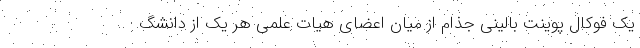
یک فوکال پوینت بالینی جذام از میان اعضای هیات علمی هر یک از دانشگ